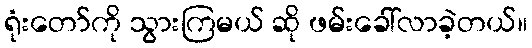
ရုံးတော်ကို သွားကြမယ် ဆို ဖမ်းခေါ်လာခဲ့တယ်။